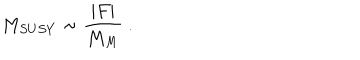
M _ { S U S Y } \sim { \frac { \vert F \vert } { M _ { M } } } ~ .